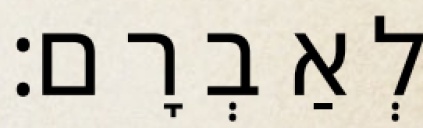
לְאַבְרָם׃